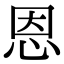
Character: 恩